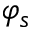
\varphi _ { s }